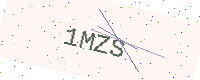
Text: 1MZS